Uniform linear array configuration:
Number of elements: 8
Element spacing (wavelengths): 0.25
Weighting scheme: hamming
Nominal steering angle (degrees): -60
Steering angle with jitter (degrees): -59.545
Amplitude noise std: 0.05
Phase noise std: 0.05

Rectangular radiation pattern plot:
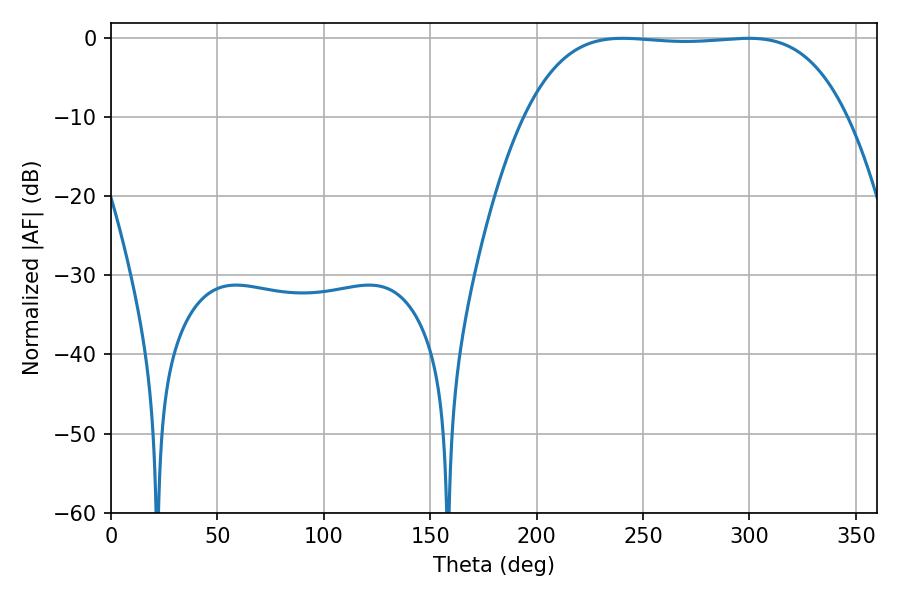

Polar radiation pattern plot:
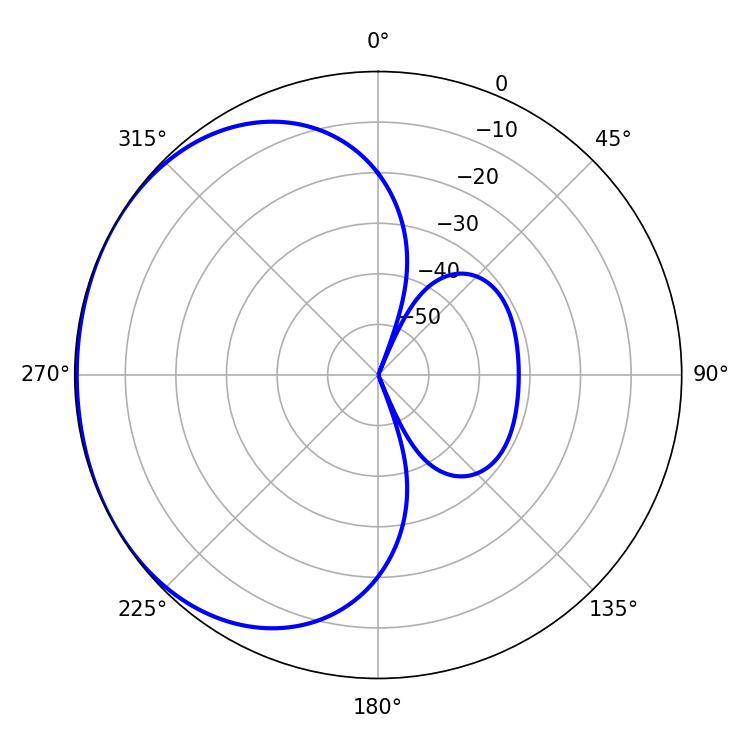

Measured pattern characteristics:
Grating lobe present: FALSE
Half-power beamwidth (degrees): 117.72
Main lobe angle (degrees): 240.48